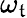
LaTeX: \omega_{\mathfrak{t}}